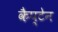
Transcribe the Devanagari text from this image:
कैप्‍टेन